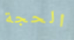
الحجة